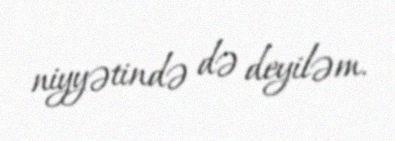
niyyətində də deyiləm.